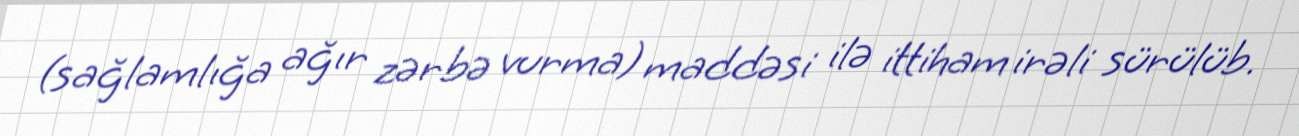
(sağlamlığa ağır zərbə vurma) maddəsi ilə ittiham irəli sürülüb.